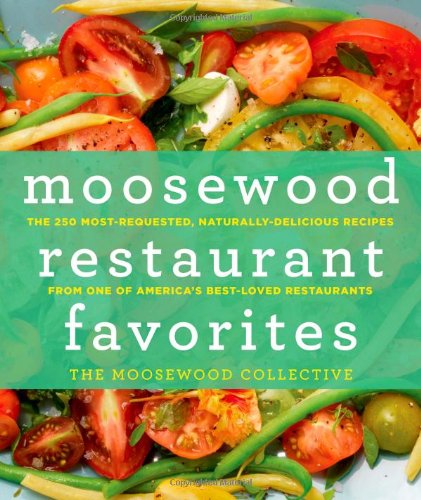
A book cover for Moosewood Restaurant Favorites: The 250 Most-Requested, Naturally Delicious Recipes from One of America's Best-Loved Restaurants; The Moosewood Collective; Cookbooks, Food & Wine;